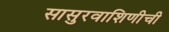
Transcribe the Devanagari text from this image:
सासुरवाशिणीची